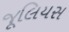
જૂલિયસ